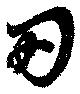
兩